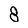
Character: 8